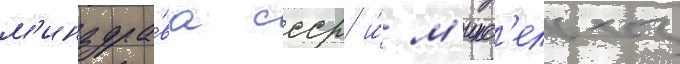
м'инздра́ва ссср и́ м'инс'ельхоз